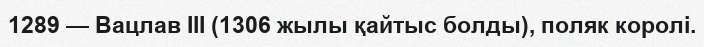
1289 — Вацлав III (1306 жылы қайтыс болды), поляк королі.